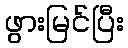
ဖွားမြင်ပြီး